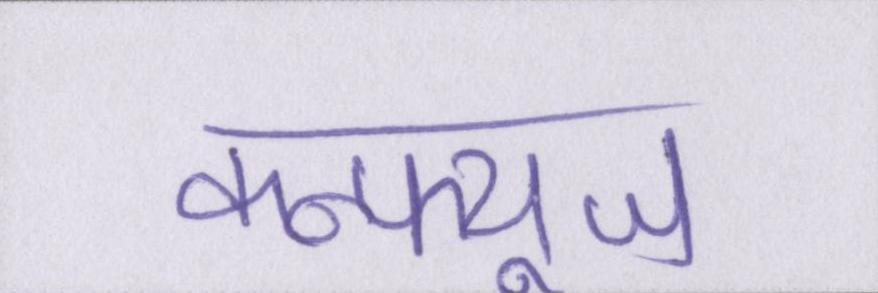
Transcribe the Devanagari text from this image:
कन्फ्यूज